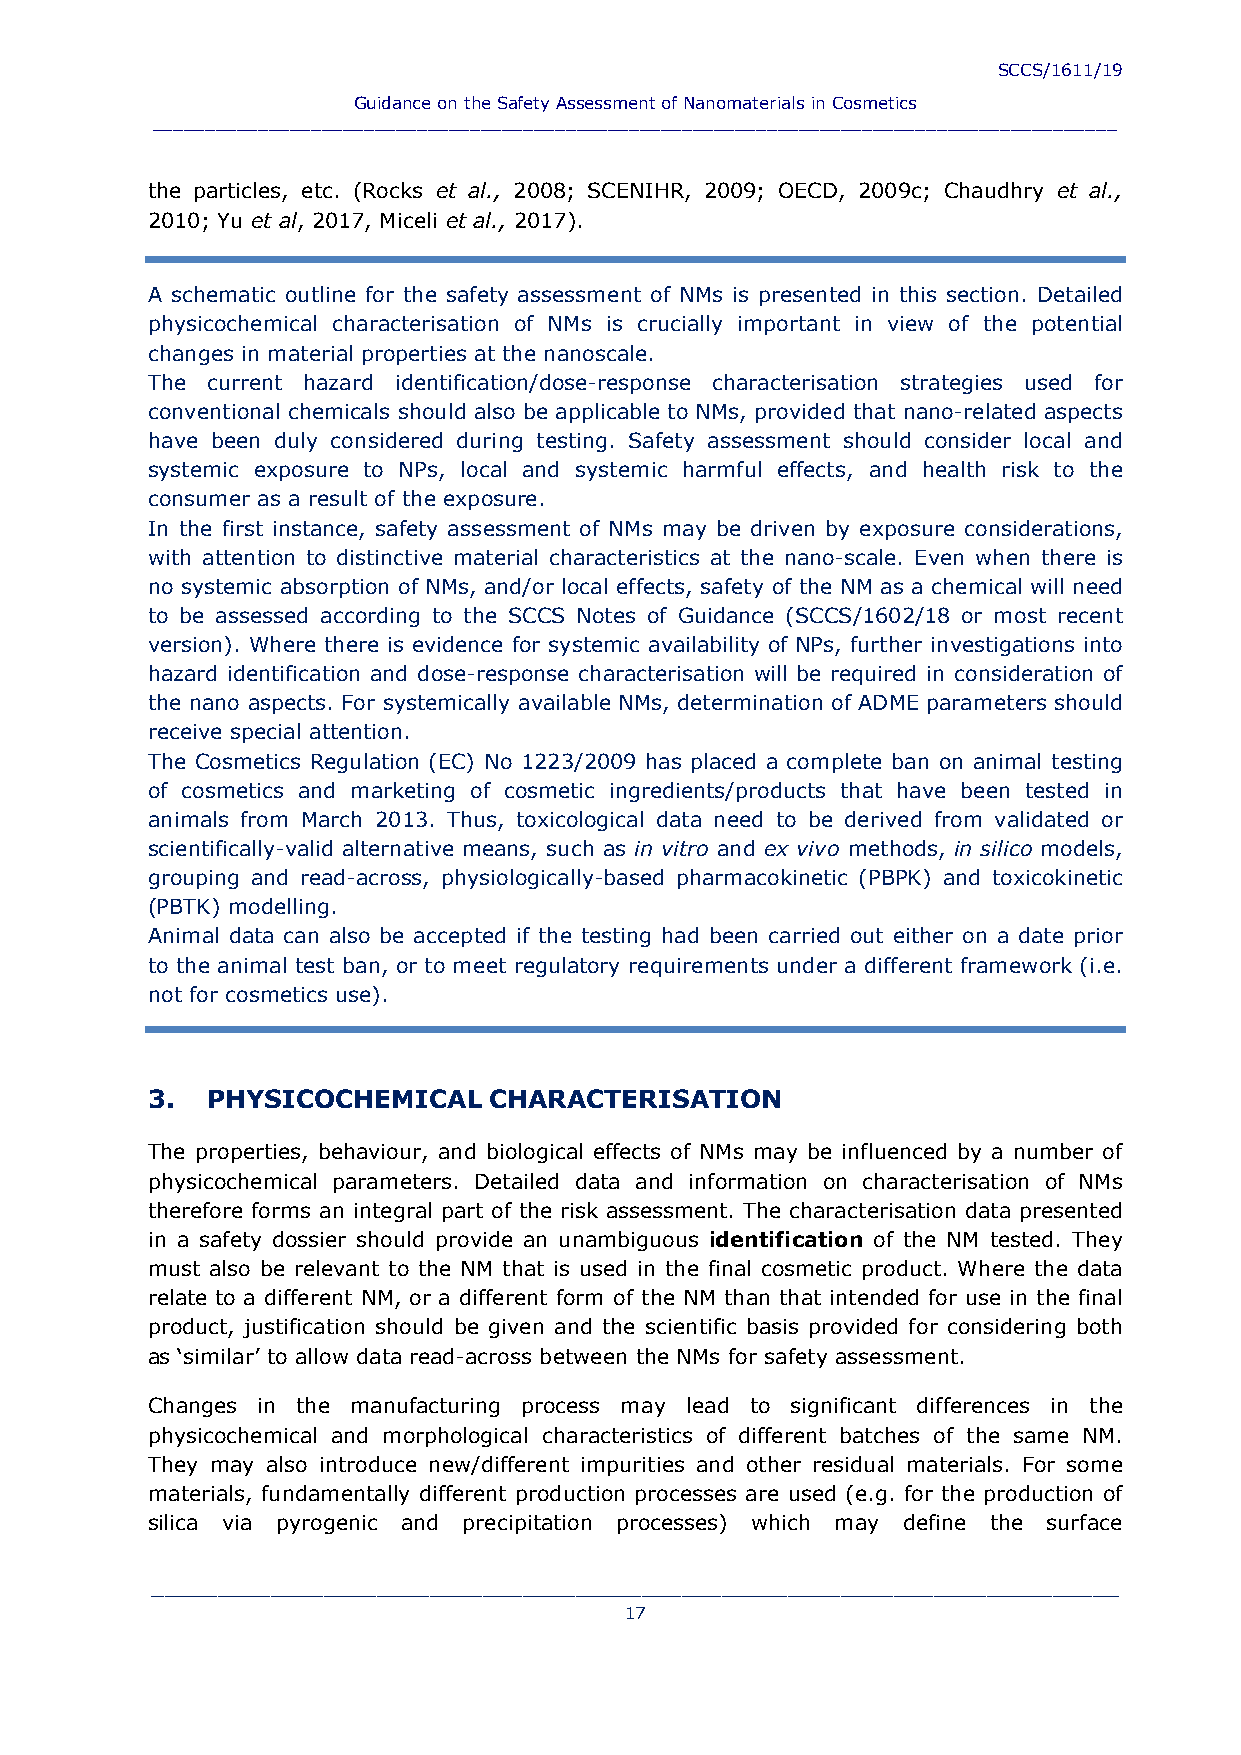
SCCS/1611/19
 Guidance on the Safety Assessment of Nanomaterials in Cosmetics
 ___________________________________________________________________________________________
 the particles, etc. (Rocks et al., 2008; SCENIHR, 2009; OECD, 2009c; Chaudhry et al.,
 2010; Yu et al, 2017, Miceli et al., 2017).
 A schematic outline for the safety assessment of NMs is presented in this section. Detailed
 physicochemical characterisation of NMs is crucially important in view of the potential
 changes in material properties at the nanoscale.
 The current hazard identification/dose-response characterisation strategies used for
 conventional chemicals should also be applicable to NMs, provided that nano-related aspects
 have been duly considered during testing. Safety assessment should consider local and
 systemic exposure to NPs, local and systemic harmful effects, and health risk to the
 consumer as a result of the exposure.
 In the first instance, safety assessment of NMs may be driven by exposure considerations,
 with attention to distinctive material characteristics at the nano-scale. Even when there is
 no systemic absorption of NMs, and/or local effects, safety of the NM as a chemical will need
 to be assessed according to the SCCS Notes of Guidance (SCCS/1602/18 or most recent
 version). Where there is evidence for systemic availability of NPs, further investigations into
 hazard identification and dose-response characterisation will be required in consideration of
 the nano aspects. For systemically available NMs, determination of ADME parameters should
 receive special attention.
 The Cosmetics Regulation (EC) No 1223/2009 has placed a complete ban on animal testing
 of cosmetics and marketing of cosmetic ingredients/products that have been tested in
 animals from March 2013. Thus, toxicological data need to be derived from validated or
 scientifically-valid alternative means, such as in vitro and ex vivo methods, in silico models,
 grouping and read-across, physiologically-based pharmacokinetic (PBPK) and toxicokinetic
 (PBTK) modelling.
 Animal data can also be accepted if the testing had been carried out either on a date prior
 to the animal test ban, or to meet regulatory requirements under a different framework (i.e.
 not for cosmetics use).
 3.  PHYSICOCHEMICAL   CHARACTERISATION
 The properties, behaviour, and biological effects of NMs may be influenced by a number of
 physicochemical parameters. Detailed data and information on characterisation of NMs
 therefore forms an integral part of the risk assessment. The characterisation data presented
 in a safety dossier should provide an unambiguous identification of the NM tested. They
 must also be relevant to the NM that is used in the final cosmetic product. Where the data
 relate to a different NM, or a different form of the NM than that intended for use in the final
 product, justification should be given and the scientific basis provided for considering both
 as ‘similar’ to allow data read-across between the NMs for safety assessment.
 Changes in the manufacturing process may lead to significant differences in the
 physicochemical and morphological characteristics of different batches of the same NM.
 They may also introduce new/different impurities and other residual materials. For some
 materials, fundamentally different production processes are used (e.g. for the production of
 silica via pyrogenic and precipitation processes) which may define the surface
 _________________________________________________________________________
 17